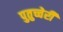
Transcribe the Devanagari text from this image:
पुतुच्चेरी